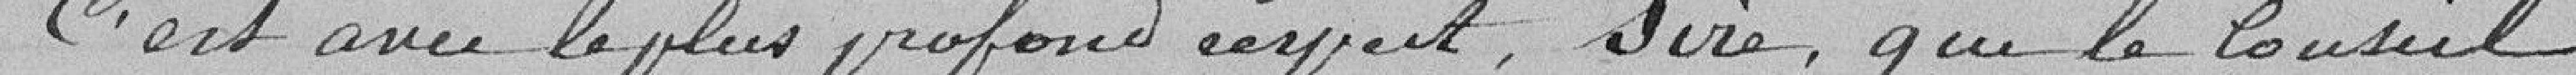
C'est avec le plus profond respect, Sire, que le conseil